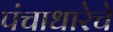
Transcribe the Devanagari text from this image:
पंचाधारेचे